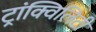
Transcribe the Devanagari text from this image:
ट्रांक्विलिटी